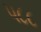
૫૮૮